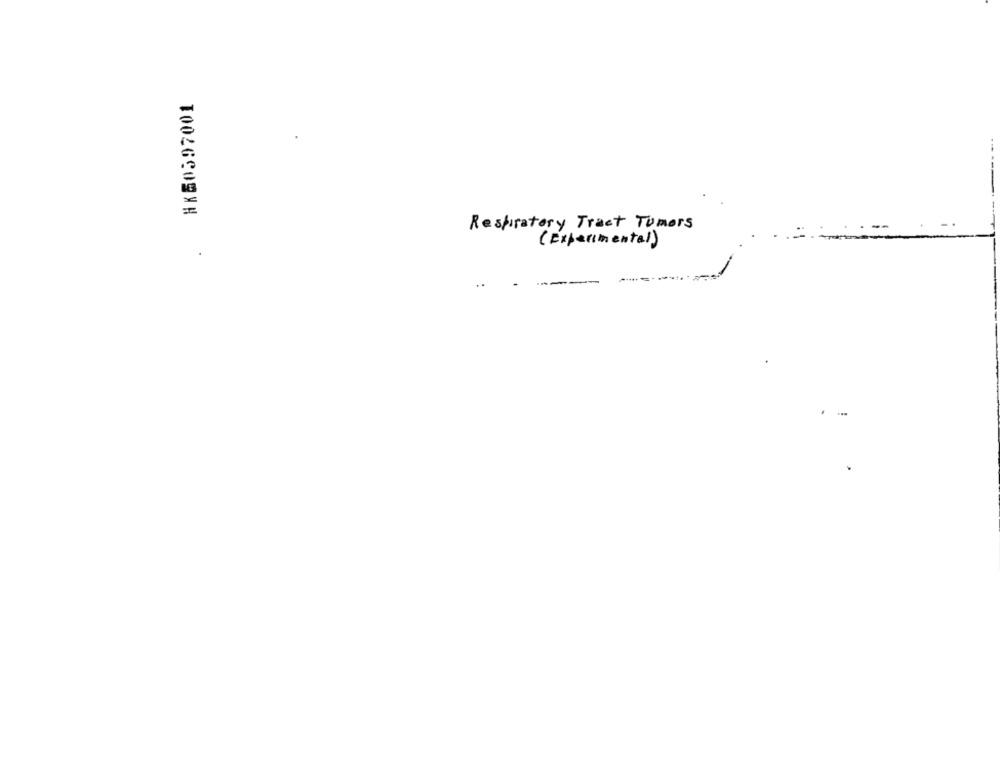
HK60397001
Respiratory Tract Tumors
( Experimental)